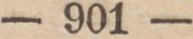
— 901 —